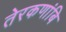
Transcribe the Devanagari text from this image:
तेरकणांबि